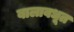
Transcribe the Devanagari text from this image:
बालावधूत